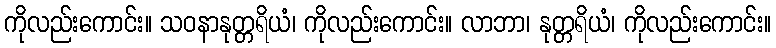
ကိုလည်းကောင်း။ သဝနာနုတ္တရိယံ၊ ကိုလည်းကောင်း။ လာဘာ၊ နုတ္တရိယံ၊ ကိုလည်းကောင်း။